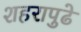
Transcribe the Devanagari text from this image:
शहरापुढे